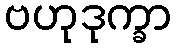
ဗဟုဒုက္ခာ